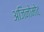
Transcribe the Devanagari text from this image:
अजिनोमोट